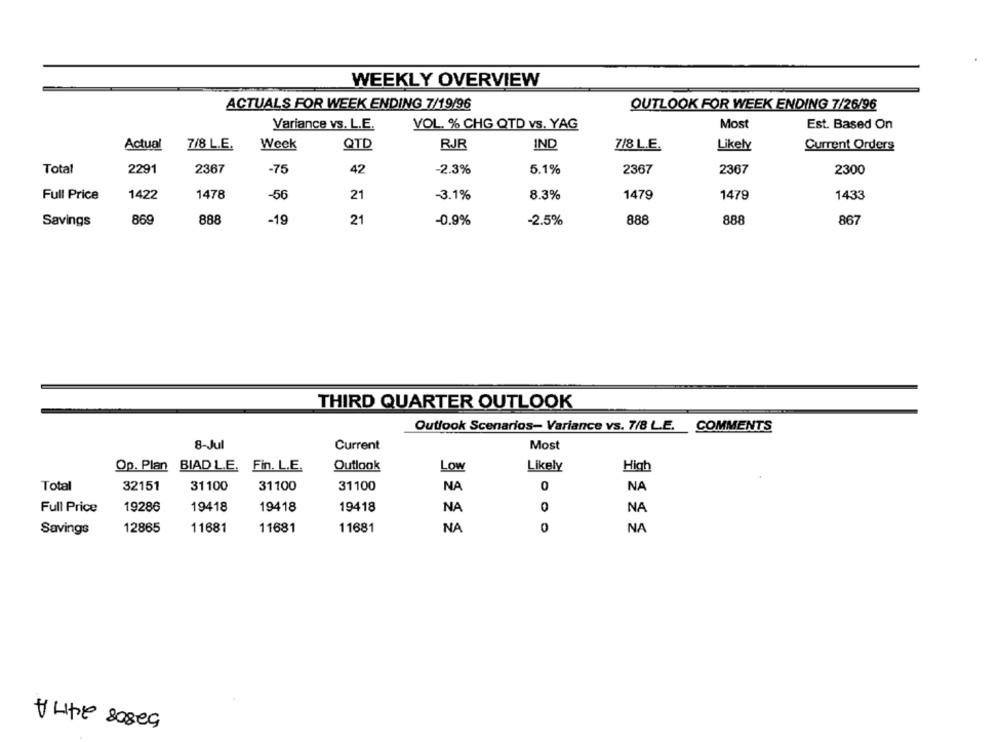
WEEKLY OVERVIEW
ACTUALS FOR WEEK ENDING 7/19/96
OUTLOOK FOR WEEK ENDING 7/26/96
Variance vs. L.E.
VOL. % CHG QTD vs. YAG
Most
Est. Based On
Actual
7/8 L.E.
Week
QTD
RJR
IND
7/8 L.E.
Likely
Current Orders
Total
2291
2367
-75
42
-2.3%
5.1%
2367
2367
2300
Full Price
1422
1478
-56
21
-3.1%
8.3%
1479
1479
1433
869
888
-19
21
-0.9%
-2.5%
888
888
867
Savings
THIRD QUARTER OUTLOOK
Outlook Scenarios- Variance vs. 7/8 L.E. COMMENTS
8-Jul
Current
Most
Op. Plan BIAD L.E. Fin. L.E.
Outlook
Likely
High
Low
Total
32151
31100
31100
31100
NA
0
NA
Full Price
19286
19418
19418
19418
NA
0
NA
Savings
12865
11681
11681
11681
NA
0
NA
+ Lite saseg